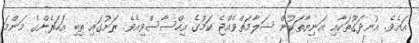
އައެވެ. އުނދަގޫތަކާއި އަނިޔާތަކުން ސަލާމަތްވެއްޖެ ކަމުގެ އިހްސާސްވިއެވެ. ރަށުގައި ތިބި އަހަރެންގެ މަންމަ